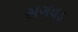
સગવડ